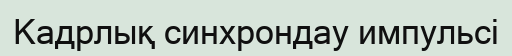
Кадрлық синхрондау импульсі